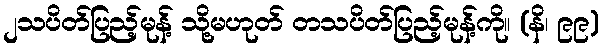
၂သပိတ်ပြည့်မုန့် သို့မဟုတ် တသပိတ်ပြည့်မုန့်ကို။ (နိ၊ ၉၉)